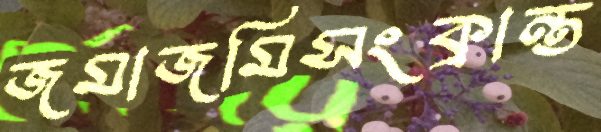
জমাজমিসংক্রান্ত